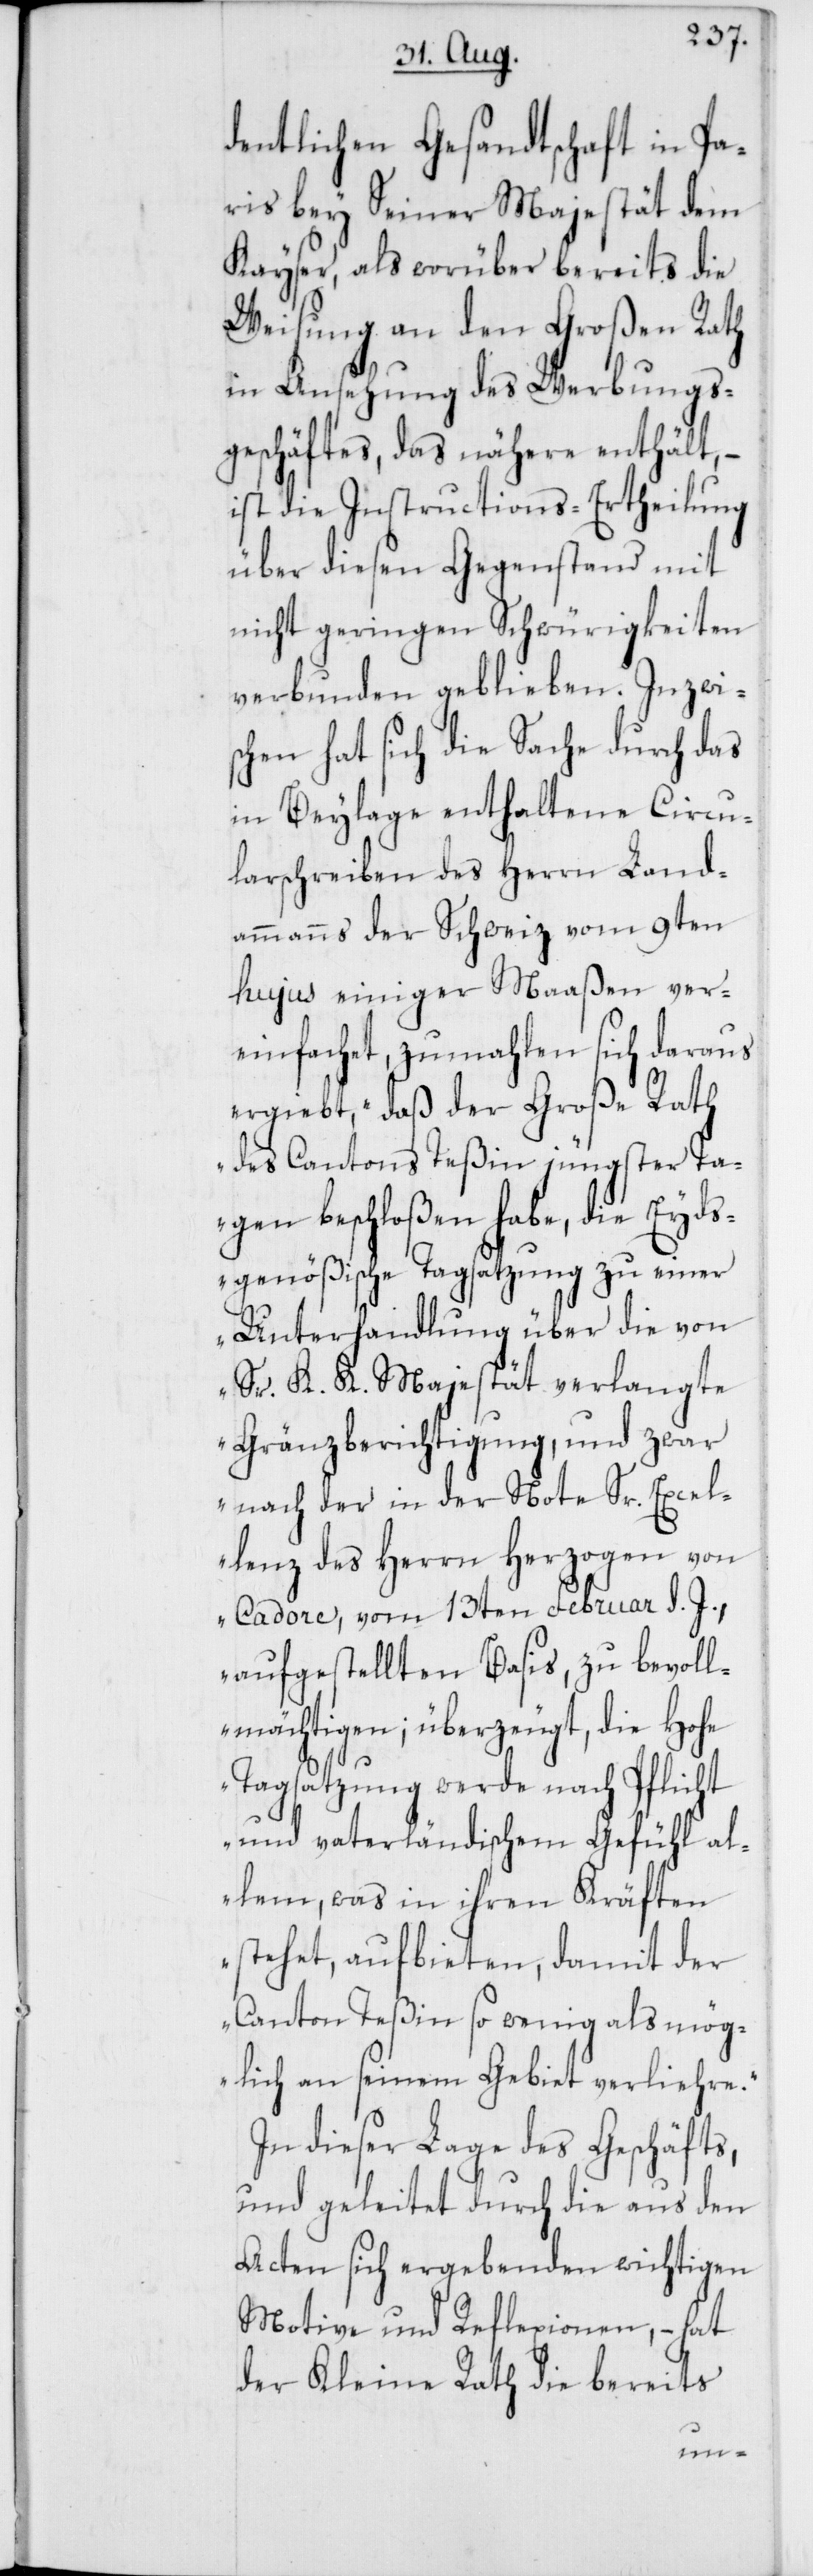
dentlichen Gesandtschaft in Pa¬
ris bey Seiner Majestät dem
Kayser, als worüber bereits die
Weisung an den Großen Rath
in Ansehung des Werbungs¬
geschäftes, das nähere enthält, –
ist die Instructions-Ertheilung
über diesen Gegenstand mit
nicht geringen Schwürigkeiten
verbunden geblieben. Inzwi¬
schen hat sich die Sache durch das
in Beylage enthaltene Circu¬
larschreiben des Herrn Land¬
ammanns der Schweiz vom 9ten
hujus einiger Maaßen ver¬
einfachet, zumahlen sich daraus
ergibt, „daß der Große Rath
des Cantons Teßin jüngster Ta¬
gen beschloßen habe, die Eyds¬
genößische Tagsatzung zu einer
Unterhandlung über die von
Sr. K. K. Majestät verlangte
Gränzberichtigung, und zwar
nach der in der Note Sr. Excel¬
lenz des Herrn Herzogen von
Cadore, vom 13ten Februar d. J.,
aufgestellten Basis, zu bevoll¬
mächtigen; überzeugt, die Hohe
Tagsatzung werde nach Pflicht
und vaterländischem Gefühl al¬
lem, was in ihren Kräften
stehet, aufbieten, damit der
Canton Teßin so wenig als mög¬
lich an seinem Gebiet verliehre.“
In dieser Lage des Geschäfts,
und geleitet durch die aus den
Acten sich ergebenden wichtigen
Motive und Reflexionen, – hat
der Kleine Rath die bereits